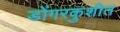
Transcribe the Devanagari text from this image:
डोंगरकुशीत